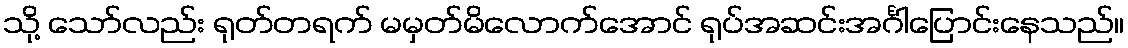
သို့ သော်လည်း ရုတ်တရက် မမှတ်မိလောက်အောင် ရုပ်အဆင်းအင်္ဂါပြောင်းနေသည်။